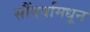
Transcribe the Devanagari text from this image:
सौंदर्यामधून